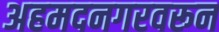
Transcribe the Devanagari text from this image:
अहमदनगरवरून